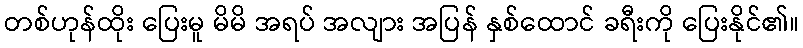
တစ်ဟုန်ထိုး ပြေးမူ မိမိ အရပ် အလျား အပြန် နှစ်ထောင် ခရီးကို ပြေးနိုင်၏။